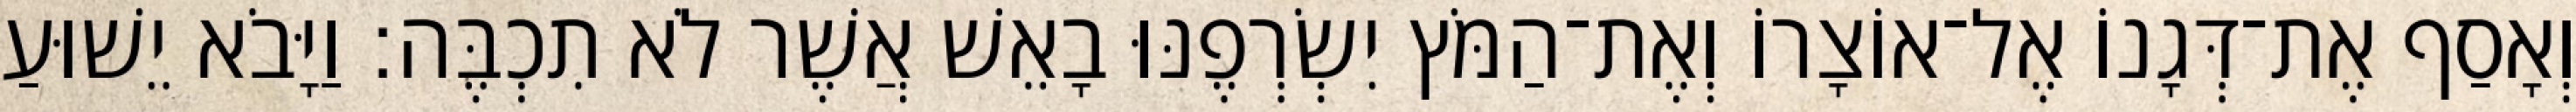
וְאָסַף אֶת־דְּגָנוֹ אֶל־אוֹצָרוֹ וְאֶת־הַמֹּץ יִשְׂרְפֶנּוּ בָאֵשׁ אֲשֶׁר לֹא תִכְבֶּה׃ וַיָּבֹא יֵשׁוּעַ